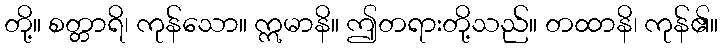
တို့။ စတ္တာရိ၊ ကုန်သော။ ဣမာနိ။ ဤတရားတို့သည်။ တထာနိ၊ ကုန်၏။